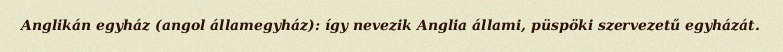
Anglikán egyház (angol államegyház): így nevezik Anglia állami, püspöki szervezetű egyházát.